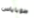
طوباياس